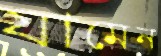
যামেন